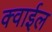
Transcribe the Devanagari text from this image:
क्वाईल